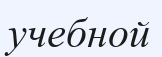
учебной